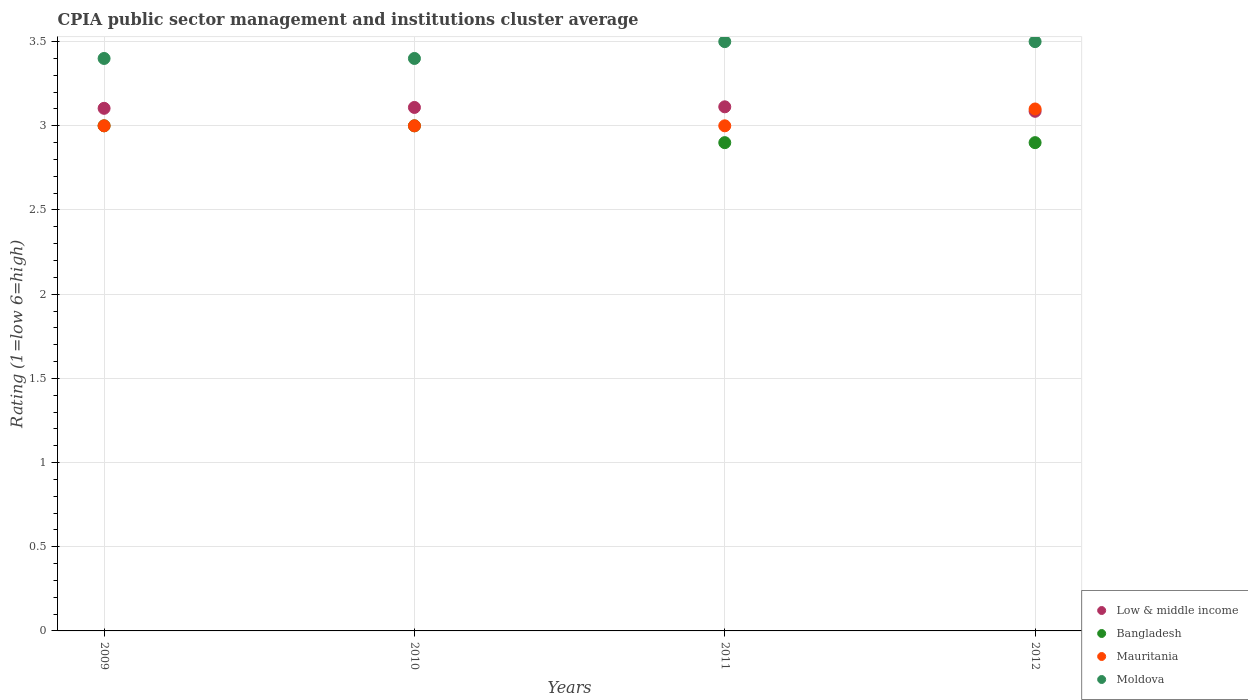
| Years | Low & middle income | Bangladesh | Mauritania | Moldova |
 | --- | --- | --- | --- | --- |
 | 2009 | 3.1 | 3 | 3 | 3.4 |
 | 2010 | 3.11 | 3 | 3 | 3.4 |
 | 2011 | 3.11 | 2.9 | 3 | 3.5 |
 | 2012 | 3.09 | 2.9 | 3.1 | 3.5 |